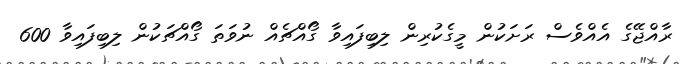
ރާއްޖޭގެ އެއްވެސް ރަށަކުން މީގެކުރިން ލިބިފައިވާ ގޯއްޗެއް ނުވަތަ ގޯއްޗަކުން ލިބިފައިވާ 600